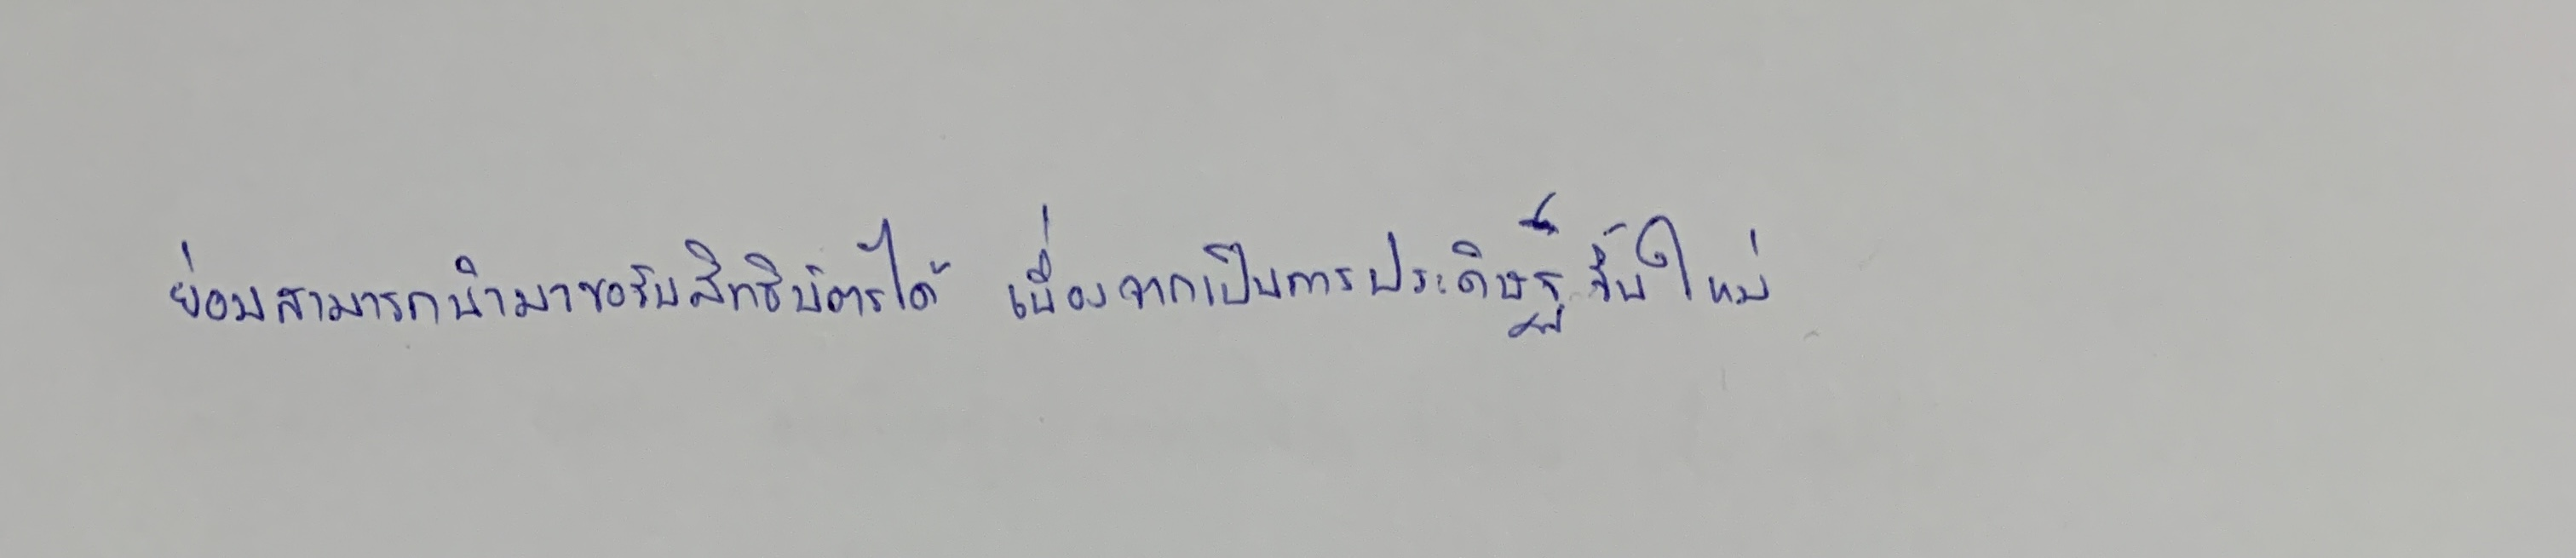
ย่อมสามารถนำมาขอรับสิทธิบัตรได้เนื่องจากเป็นการประดิษฐ์ขึ้นใหม่